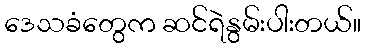
ဒေသခံတွေက ဆင်ရဲနွမ်းပါးတယ်။